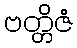
ဗတ္တိဇံ